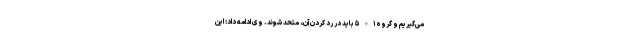
می‌گیریم و گروه ۱+۵ باید در رد کردن آن، متحد شوند. وی ادامه داد: این